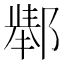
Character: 𲆚